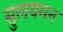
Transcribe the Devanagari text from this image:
सुलयमन